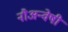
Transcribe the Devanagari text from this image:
नौअन्वेषी